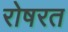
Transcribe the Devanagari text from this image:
रोषरत